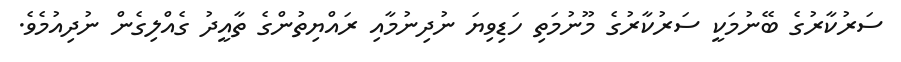
ސަރުކާރުގެ ބޭނުމަކީ ސަރުކާރުގެ މޫނުމަތި ހަޑިވިޔަ ނުދިނުމާއި ރައްޔިތުންގެ ތާއީދު ގެއްލިގެން ނުދިއުމެވެ.